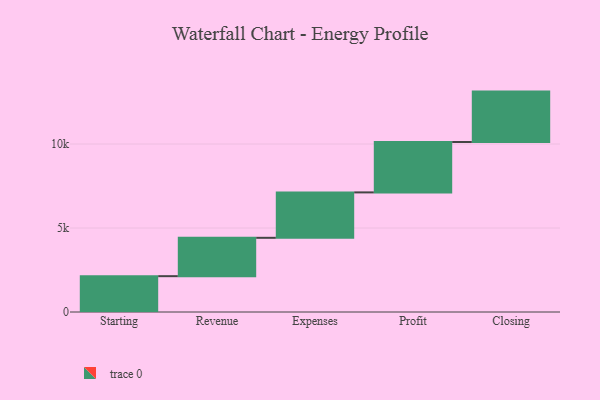
{"axis": {"x": "Step", "y": "Value"}, "legend": [""], "data": [{"x": "Starting", "y": 2133.0, "type": ""}, {"x": "Revenue", "y": 2283.0, "type": ""}, {"x": "Expenses", "y": 2703.0, "type": ""}, {"x": "Profit", "y": 3000, "type": ""}, {"x": "Closing", "y": 3000, "type": ""}]}